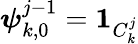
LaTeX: \boldsymbol{\psi}_{k,0}^{j-1}=\textbf{1}_{C_{k}^{j}}